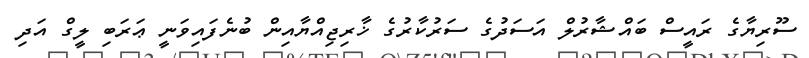
ސޫރިޔާގެ ރައީސް ބައްޝާރުލް އަސަދުގެ ސަރުކާރުގެ ޚާރިޖިއްޔާއިން ބުނެފައިވަނީ ޢަރަބި ލީގް އަދި